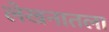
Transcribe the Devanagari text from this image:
लेखनातला